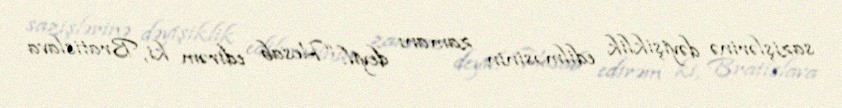
sazişlərinə dəyişiklik edilməsinin zamanı deyil: “Hesab edirəm ki, Bratislava